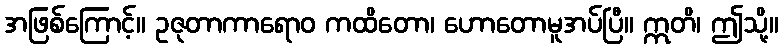
အဖြစ်ကြောင့်။ ဥဇုတာကာရောဝ ကထိတော၊ ဟောတောမူအပ်ပြီ။ ဣတိ၊ ဤသို့။